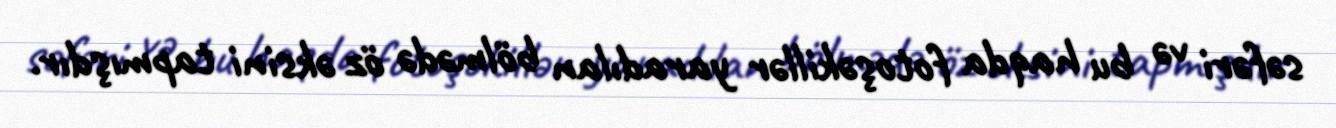
səfəri və bu haqda fotoşəkillər yaradılan bölmədə öz əksini tapmışdır.